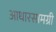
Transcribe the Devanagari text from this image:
आधारसामग्री